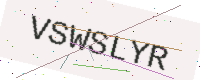
Text: VSWSLYR